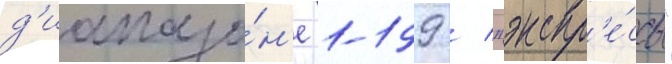
д'иапазо́н'е 1-199 / "экспр'е́ссы"